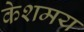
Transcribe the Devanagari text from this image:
केशमय